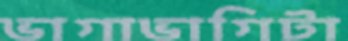
ভাগাভাগিটা